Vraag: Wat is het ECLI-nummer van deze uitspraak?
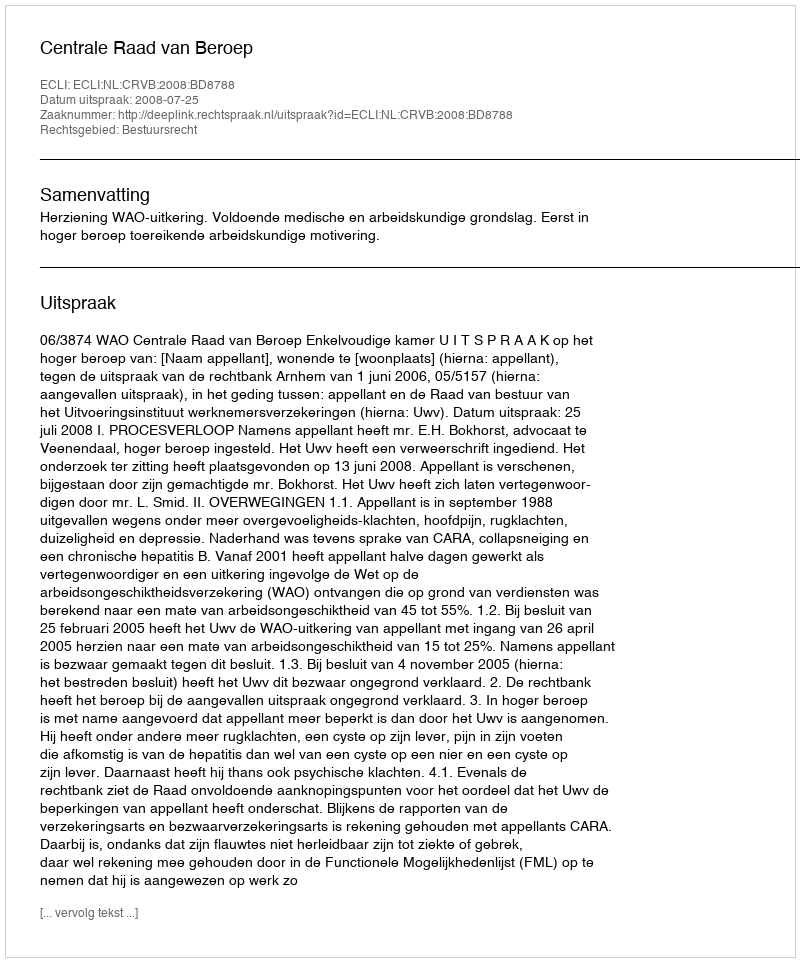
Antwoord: ECLI:NL:CRVB:2008:BD8788